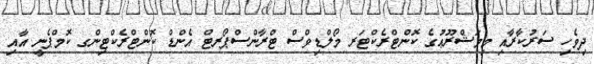
ދިވެހި ސަރުކާރާއި މިމަޝްރޫޢުގެ ކޮންޓްރެކްޓަރ މޯލްޑިވްސް ޓްރާންސްޕޯރޓް އެންޑް ކޮންޓްރެކްޓިންގ ކޮމްޕެނީ އާއި